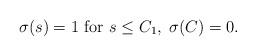
LaTeX: \begin{align*}\sigma(s)=1 \mbox{ for } s\leq C_1,\; \sigma(C)=0.\end{align*}